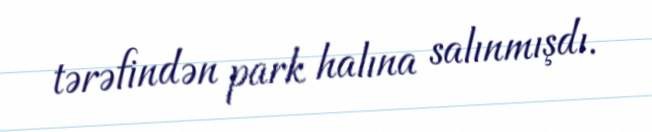
tərəfindən park halına salınmışdı.